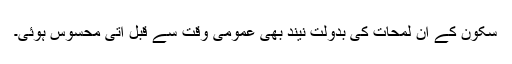
سکون کے ان لمحات کی بدولت نیند بھی عمومی وقت سے قبل آتی محسوس ہوئی۔